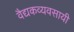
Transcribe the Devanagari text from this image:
वैद्यकव्यवसायी